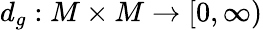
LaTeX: d_{g}:M\times M\to[0,\infty)